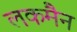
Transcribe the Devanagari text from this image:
लकमैन